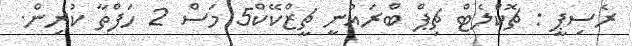
ރެސިޕީ : ޗޮކްލެޓް ޗިޕް ބްރައުނީ ޗީޒްކޭކް5 މަސް 2 ހަފްތާ ކުރިން.